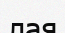
лая